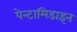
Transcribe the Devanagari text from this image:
पेन्टामिडाइन